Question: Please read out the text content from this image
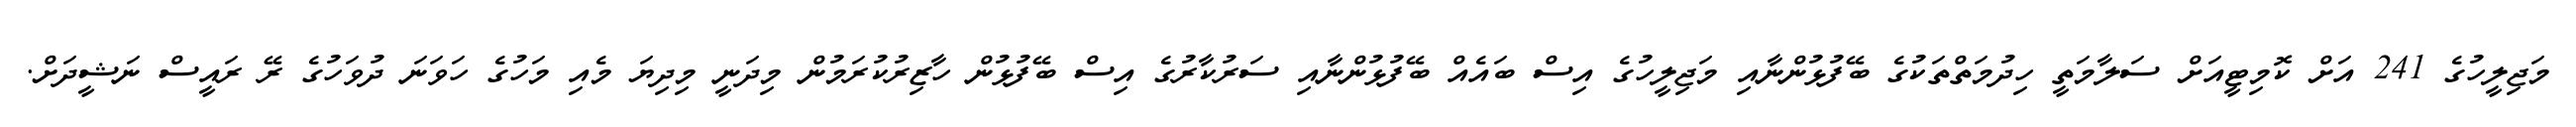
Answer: މަޖިލީހުގެ 241 އަށް ކޮމިޓީއަށް ސަލާމަތީ ހިދުމަތްތަކުގެ ބޭފުޅުންނާއި މަޖިލީހުގެ އިސް ބައެއް ބޭފުޅުންނާއި ސަރުކާރުގެ އިސް ބޭފުޅުން ހާޒިރުކުރަމުން މިދަނީ މިދިޔަ މެއި މަހުގެ ހަވަނަ ދުވަހުގެ ރޭ ރައީސް ނަޝީދަށް.